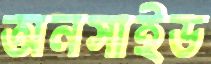
অনসাইড